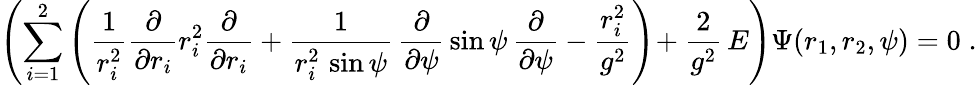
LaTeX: \left(\sum_{i=1}^{2}\left(\frac{1}{r_{i}^{2}}\frac{\partial}{\partial r_{i}}r_{i}^{2}\frac{\partial}{\partial r_{i}}+\frac{1}{r_{i}^{2}\, \sin\psi}\, \frac{\partial}{\partial\psi}\, \sin\psi\, \frac{\partial}{\partial\psi}-\frac{r_{i}^{2}}{g^{2}}\right)\! +\frac{2}{g^{2}}\, E\right)\Psi(r_{1},r_{2},\psi)=0\; .